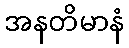
အနတိမာနံ